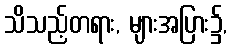
သိသည့်တရား, များအပြား၌,